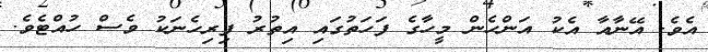
އެވެ. އޭނާއާ އެކު އަންހެން މީހާގެ ފަހަތުގައި އިތުރު ފިރިހެނަކު ވެސް ހުއްޓެވެ.